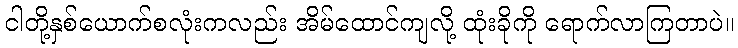
ငါတို့နှစ်ယောက်စလုံးကလည်း အိမ်ထောင်ကျလို့ ထုံးခိုကို ရောက်လာကြတာပဲ။